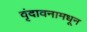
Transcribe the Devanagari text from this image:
वृंदावनामधून